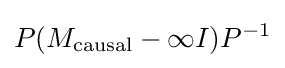
P(M_{\text{causal}}-\infty I)P^{-1}